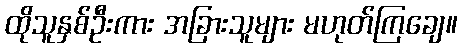
ထိုသူနှစ်ဦးကား အခြားသူများ မဟုတ်ကြချေ။